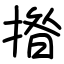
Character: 揝